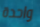
واحدة